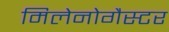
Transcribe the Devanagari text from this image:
मिलेनोगैस्टर